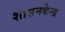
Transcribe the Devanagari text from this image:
शासनकेन्द्र